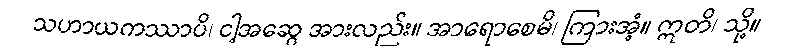
သဟာယကဿာပိ၊ ငါ့အဆွေ အားလည်း။ အာရောစေမိ၊ ကြားအံ့။ ဣတိ၊ သို့။